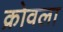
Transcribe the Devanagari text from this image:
क्रोवला